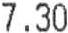
7.30